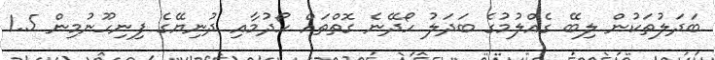
ބަދަލުތަކުން ލިބޭ ގެއްލުމުގެ ބަދަލު ހޯދޭނެ ގޮތްތައް ހޯދުމާއި ދުނިޔޭގެ ފިނިހޫނުމިން 1.5